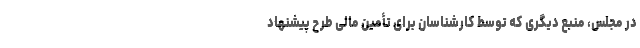
در مجلس، منبع دیگری که توسط کارشناسان برای تأمین مالی طرح پیشنهاد